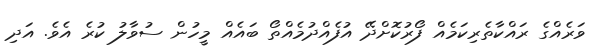
ވަރެއްގެ ރައްކާތެރިކަމެއް ފޯރުކޮށްދޭ އުފެއްދުމެއްތޯ ބައެއް މީހުން ސުވާލު ކުރެ އެވެ. އަދި